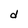
Character: d